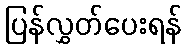
ပြန်လွှတ်ပေးရန်